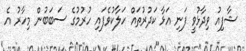
ޝާފިއު ވިދާޅުވީ ފަނި އަޅާ ކަދުރުތައް ހަލާކުވެފައި ހުރުމުގެ ސަބަބުން މިހާރު އެ